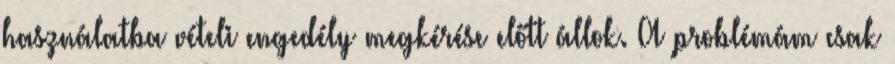
használatba vételi engedély megkérése előtt állok. A problémám csak